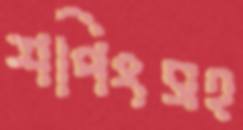
শপিংসহ